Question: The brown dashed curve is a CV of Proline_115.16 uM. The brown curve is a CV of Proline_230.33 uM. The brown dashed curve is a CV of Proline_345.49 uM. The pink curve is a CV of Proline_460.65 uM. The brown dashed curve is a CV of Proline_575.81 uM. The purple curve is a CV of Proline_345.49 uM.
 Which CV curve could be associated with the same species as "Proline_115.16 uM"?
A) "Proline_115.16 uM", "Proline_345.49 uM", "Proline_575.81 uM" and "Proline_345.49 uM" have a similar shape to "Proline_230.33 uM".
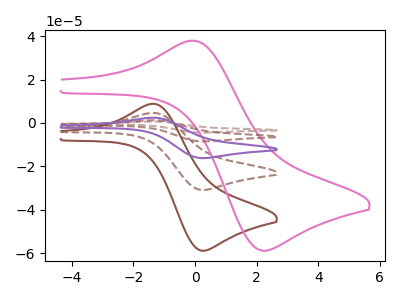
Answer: <think>The brown dashed curve "Proline_115.16 uM" has an anodic peak at (-1.30V, 4.60uA) and a cathodic peak at (0.25V, -30.90uA). The brown curve "Proline_230.33 uM" has an anodic peak at (-1.30V, 8.80uA) and a cathodic peak at (0.25V, -58.90uA). The brown dashed curve "Proline_345.49 uM" has an anodic peak at (-1.30V, 18.45uA) and a cathodic peak at (0.25V, -123.60uA). The pink curve "Proline_460.65 uM" has an anodic peak at (0.00V, 37.85uA) and a cathodic peak at (2.20V, -58.90uA). The brown dashed curve "Proline_575.81 uM" has an anodic peak at (-1.30V, 13.85uA) and a cathodic peak at (0.25V, -92.70uA). The purple curve "Proline_345.49 uM" has an anodic peak at (-1.30V, 9.20uA) and a cathodic peak at (0.25V, -61.80uA).
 All the peaks in "Proline_115.16 uM" have a peak in "Proline_230.33 uM" at the same potential. Every peak in "Proline_115.16 uM" is lower than every peak in "Proline_230.33 uM". All the peaks in "Proline_115.16 uM" have a peak in "Proline_345.49 uM" at the same potential. Every peak in "Proline_115.16 uM" is lower than every peak in "Proline_345.49 uM". "Proline_115.16 uM" and "Proline_460.65 uM" have at least one peak that do not match. All the peaks in "Proline_115.16 uM" have a peak in "Proline_575.81 uM" at the same potential. Every peak in "Proline_115.16 uM" is lower than every peak in "Proline_575.81 uM". All the peaks in "Proline_115.16 uM" have a peak in "Proline_345.49 uM" at the same potential. Every peak in "Proline_115.16 uM" is lower than every peak in "Proline_345.49 uM". All the peaks in "Proline_230.33 uM" have a peak in "Proline_345.49 uM" at the same potential. Every peak in "Proline_230.33 uM" is lower than every peak in "Proline_345.49 uM". "Proline_230.33 uM" and "Proline_460.65 uM" have at least one peak that do not match. All the peaks in "Proline_230.33 uM" have a peak in "Proline_575.81 uM" at the same potential. Every peak in "Proline_230.33 uM" is lower than every peak in "Proline_575.81 uM". All the peaks in "Proline_230.33 uM" have a peak in "Proline_345.49 uM" at the same potential. Every peak in "Proline_230.33 uM" is lower than every peak in "Proline_345.49 uM". "Proline_345.49 uM" and "Proline_460.65 uM" have at least one peak that do not match. All the peaks in "Proline_345.49 uM" have a peak in "Proline_575.81 uM" at the same potential. Every peak in "Proline_345.49 uM" is higher than every peak in "Proline_575.81 uM". All the peaks in "Proline_345.49 uM" have a peak in "Proline_345.49 uM" at the same potential. Every peak in "Proline_345.49 uM" is higher than every peak in "Proline_345.49 uM". "Proline_460.65 uM" and "Proline_575.81 uM" have at least one peak that do not match. "Proline_460.65 uM" and "Proline_345.49 uM" have at least one peak that do not match. All the peaks in "Proline_575.81 uM" have a peak in "Proline_345.49 uM" at the same potential. Every peak in "Proline_575.81 uM" is higher than every peak in "Proline_345.49 uM".</think>
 <answer>A) "Proline_115.16 uM", "Proline_345.49 uM", "Proline_575.81 uM" and "Proline_345.49 uM" have a similar shape to "Proline_230.33 uM".</answer>
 <eval>A</eval>